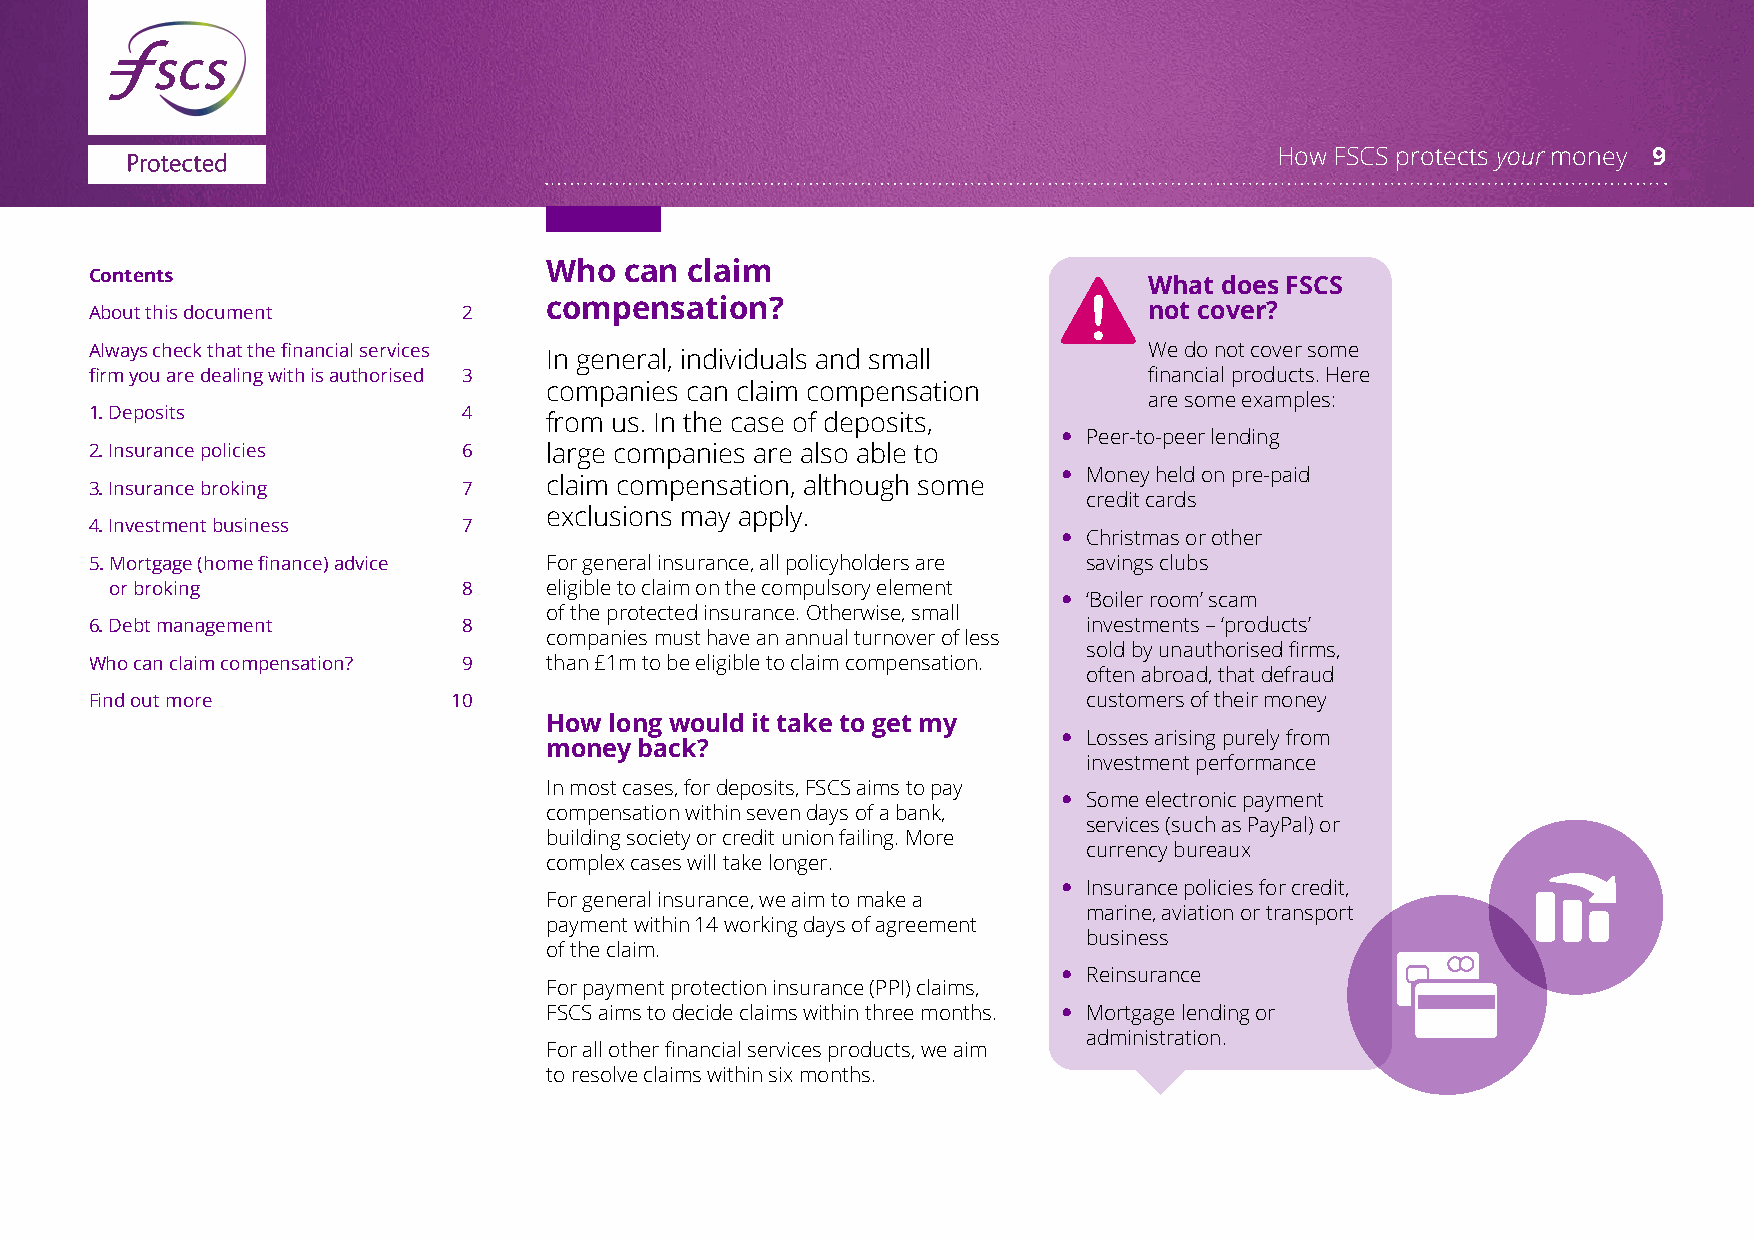
How FSCS protects your money 9
 Who  can  claim
 Contents
 What does FSCS
 About this document      2    compensation?                           not cover?
 Always check that the financial services                              We do not cover some
 In general, individuals and small
 firm you are dealing with is authorised 3                             financial products. Here
 companies can claim compensation
 are some examples:
 1. Deposits              4
 from us. In the case of deposits,
  Peer-to-peer lending
 2. Insurance policies    6    large companies are also able to
  Money held on pre-paid
 3. Insurance broking     7    claim compensation, although some
 credit cards
 exclusions may apply.
 4. Investment business   7
  Christmas or other
 5. Mortgage (home finance) advice For general insurance, all policyholders are savings clubs
 or broking              8    eligible to claim on the compulsory element
  ‘Boiler room’ scam
 of the protected insurance. Otherwise, small
 6. Debt management       8                                        investments – ‘products’
 companies must have an annual turnover of less
 sold by unauthorised firms,
 Who can claim compensation? 9 than £1m to be eligible to claim compensation.
 often abroad, that defraud
 Find out more           10                                        customers of their money
 How long would it take to get my
  Losses arising purely from
 money back?
 investment performance
 In most cases, for deposits, FSCS aims to pay
  Some electronic payment
 compensation within seven days of a bank,
 services (such as PayPal) or
 building society or credit union failing. More
 currency bureaux
 complex cases will take longer.
  Insurance policies for credit,
 For general insurance, we aim to make a
 marine, aviation or transport
 payment within 14 working days of agreement
 business
 of the claim.
  Reinsurance
 For payment protection insurance (PPI) claims,
 FSCS aims to decide claims within three months.  Mortgage lending or
 administration.
 For all other financial services products, we aim
 to resolve claims within six months.